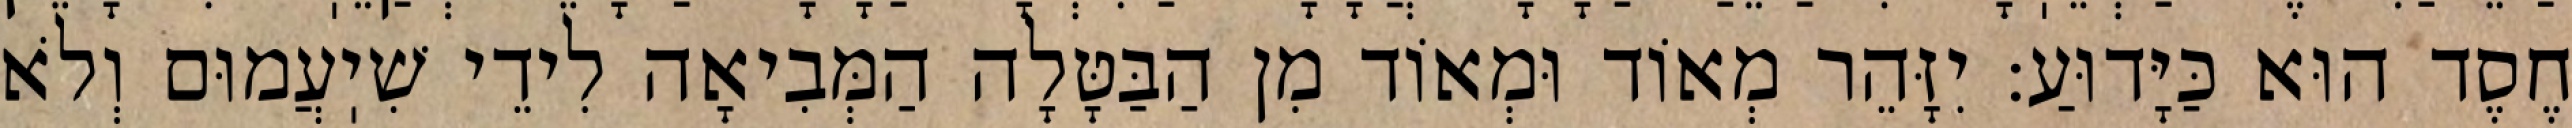
חֶסֶד הוּא כַּיָּדוּעַ: יִזָּהֵר מְאוֹד וּמְאוֹד מִן הַבַּטָּלָה הַמְּבִיאָה לִידֵי שִׁיֽעֲמוּם וְלֹא